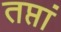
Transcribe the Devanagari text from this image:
तप्तां